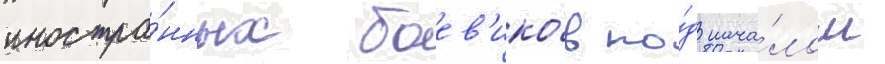
иностра́нных боев'ико́в по́д нача́лом